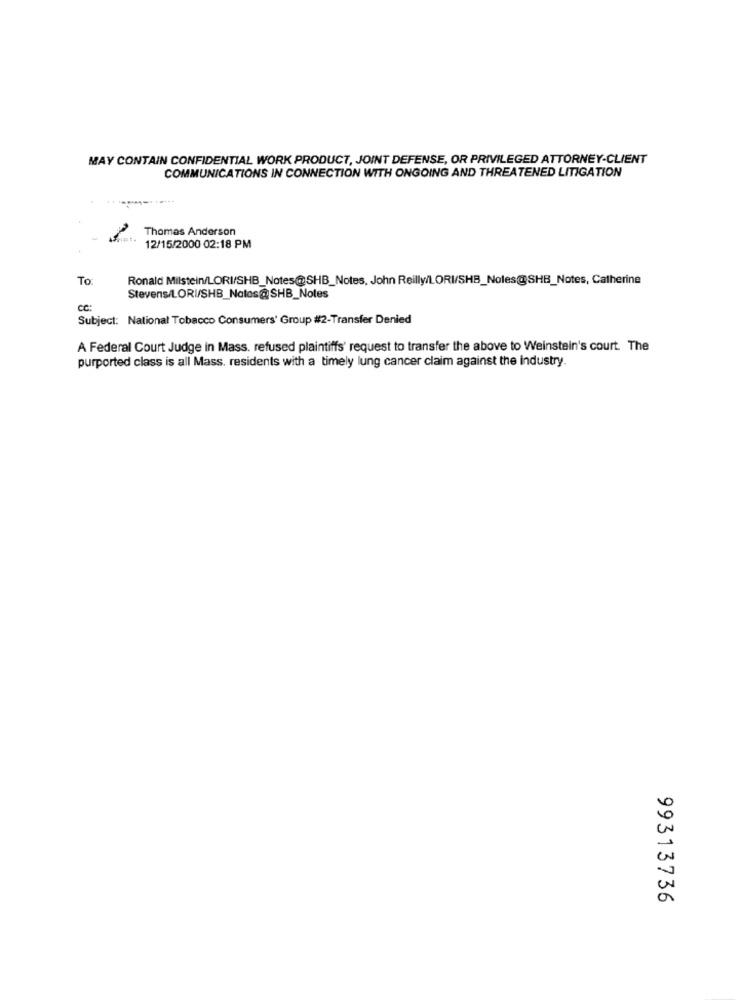
MAY CONTAIN CONFIDENTIAL WORK PRODUCT, JOINT DEFENSE, OR PRIVILEGED ATTORNEY-CLIENT
COMMUNICATIONS IN CONNECTION WITH ONGOING AND THREATENED LITIGATION
Thomas Anderson
12/15/2000 02:18 PM
To
Ronald Milstein/LORI/SHB_Notes@SHB_Notes, John Reilly/LORI/SHB_Noles@SHB_Notes, Catherine
Stevens/LORI/SHB_Natos@SHB_Notes
CC:
Subject: National Tobacco Consumers' Group #2-Transfer Denied
A Federal Court Judge in Mass. refused plaintiffs' request to transfer the above to Weinstein's court. The
purported class is all Mass. residents with a timely lung cancer claim against the Industry.
0
J
99313736